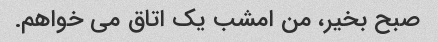
صبح بخیر، من امشب یک اتاق می خواهم.